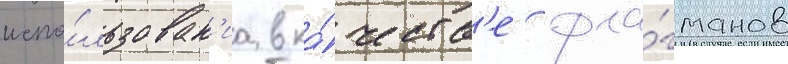
испо́льзован'иа в ка́честв'е фла́гманов